Sketch of the medical history of the native army of Bombay, for the year
Year: 1875
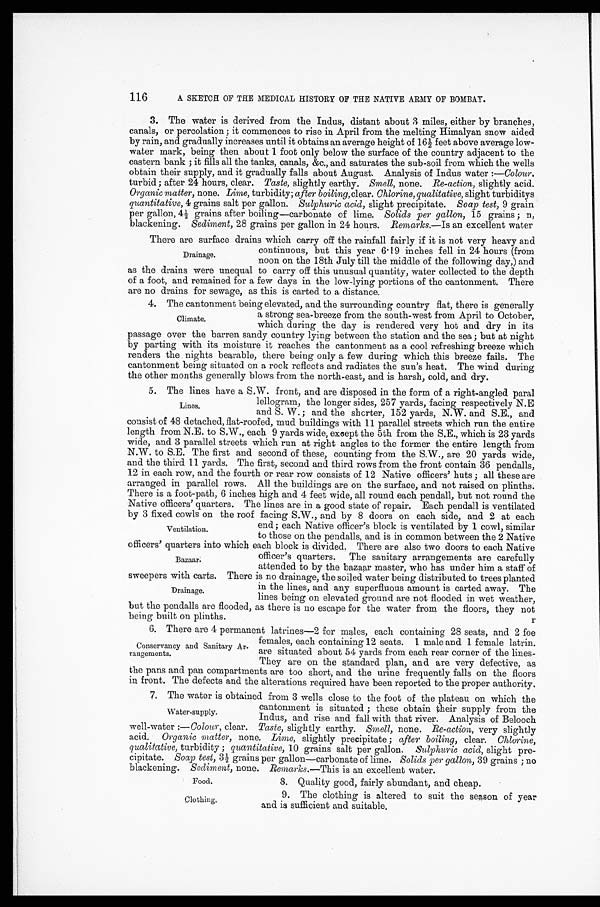
116
A SKETCH OF THE MEDICAL HISTORY OF THE NATIVE ARMY OF BOMBAY.
3. The water is derived from the Indus, distant about 3 miles, either by branches,
canals, or percolation ; it commences to rise in April from the melting Himalyan snow aided
by rain, and gradually increases until it obtains an average height of 16½ feet above average low
- w a t e r m a r k , b e i n g t h e n a b o u t 1 f o o t o n l y b e l o w t h e s u r f a c e o f t h e c o u n t r y a d j a c e n t t o t h e
eastern bank ; it fills all the tanks, canals, &c., and saturates the sub-soil from which the wells
obtain their supply, and it gradually falls about August. Analysis of Indus water : —Colour.
turbid ; after 24 hours, clear. Taste, slightly earthy. Smell, none. Re-action, slightly acid.
Organic matter, none. Lime, turbidity; after boiling, clear. Chlorine, qualitative, slight turbiditys
quantitative, 4 grains salt per gallon. Sulphuric acid, slight precipitate. Soap test, 9 grain
per gallon, 4½ grains after boiling—carbonate of lime. Solids per gallon, 15 grains ; n,
blackening. Sediment, 28 grains per gallon in 24 hours. Remarks.—Is an excellent water
There are surface drains which carry off the rainfall fairly if it is not very heavy and
continuous, but this year 6.19 inches fell in 24 hours (from
noon on the 18th July till the middle of the following day,) and
as the drains were unequal to carry off this unusual quantity, water collected to the depth
of a foot, and remained for a few days in the low-lying portions of the cantonment. There
are no drains for sewage, as this is carted to a distance.
4. The cantonment being elevated, and the surrounding country flat, there is generally
a strong sea-breeze from the south-west from April to October,
which during the day is rendered very hot and dry in its
passage over the barren sandy country lying between the station and the sea ; but at night
by parting with its moisture it reaches the cantonment as a cool refreshing breeze which
renders the nights bearable, there being only a few during which this breeze fails. The
cantonment being situated on a rock reflects and radiates the sun's heat. The wind during
the other months generally blows from the north-east, and is harsh, cold, and dry.
5. The lines have a S.W. front, and are disposed in the form of a right-angled paral
lellogram, the longer sides, 257 yards, facing respectively N.E
and S. W. ; and the shorter, 152 yards, N.W. and S.E., and
consist of 48 detached, flat-roofed, mud buildings with 11 parallel streets which run the entire
length from N.E. to S.W., each 9 yards wide, except the 5th from the S.E., which is 23 yards
wide, and 3 parallel streets which run at right angles to the former the entire length from
N.W. to S.E. The first and second of these, counting from the S.W., are 20 yards wide,
and the third 11 yards. The first, second and third rows from the front contain 36 pendalls,
12 in each row, and the fourth or rear row consists of 12 Native officers' huts ; all these are
arranged in parallel rows. All the buildings are on the surface, and not raised on plinths.
There is a foot-path, 6 inches high and 4 feet wide, all round each pendall, but not round the
Native officers' quarters. The lines are in a good state of repair. Each pendall is ventilated
by 3 fixed cowls on the roof facing S.W., and by 8 doors on each side, and 2 at each
end ; each Native officer's block is ventilated by 1 cowl, similar
to those on the pendalls, and is in common between the 2 Native
officers' quarters into which each block is divided. There are also two doors to each Native
officer's quarters. The sanitary arrangements are carefully
attended to by the bazaar master, who has under him a staff of
sweepers with carts. There is no drainage, the soiled water being distributed to trees planted
in the lines, and any superfluous amount is carted away. The
lines being on elevated ground are not flooded in wet weather,
but the pendalls are flooded, as there is no escape for the water from the floors, they not
being built on plinths.
r
6 . T h e r e a r e 4 p e r m a n e n t l a t r i n e s — 2 f o r m a l e s , e a c h c o n t a i n i n g 2 8 s e a t s , a n d 2 f o e
females, each containing 12 seats. 1 male and 1 female latrin.
are situated about 54 yards from each rear corner of the lines-
They are on the standard plan, and are very defective, as
the pans and pan compartments are too short, and the urine frequently falls on the floors
in front. The defects and the alterations required have been reported to the proper authority.
7. The water is obtained from 3 wells close to the foot of the plateau on which the
cantonment is situated ; these obtain their supply from the
Indus, and rise and fall with that river. Analysis of Belooch
well-water :—Colour, clear. Taste, slightly earthy. Smell, none. Re-action, very slightly
acid. Organic matter, none. Lime, slightly precipitate ; after boiling, clear. Chlorine,
qualitative, turbidity ; quantitative, 10 grains salt per gallon. Sulphuric acid, slight pre-
- c i p i t a t e .
S o a p t e s t ,
3 ½ g r a i n s p e r g a l l o n — c a r b o n a t e o f l i m e .S
o l i d s
p e r
g a l l o n ,
3 9 g r a i n s ; n o
blackening. Sediment, none. Remarks .—This is an excellent water.
8. Quality good, fairly abundant, and cheap.
Drainage.
Climate.
Lines.
Ventilation.
Bazaar.
Drainage.
Conservancy and Sanitary Ar
-rangements.
Water-supply.
Food.
Clothing.
9. The clothing is altered to suit the season of year
and is sufficient and suitable.